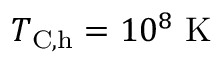
T _ { \mathrm { C , h } } = 1 0 ^ { 8 } ~ \mathrm { K }